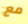
مع